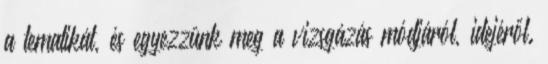
a tematikát, és egyezzünk meg a vizsgázás módjáról, idejéről.